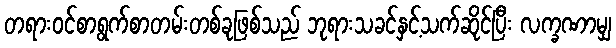
တရားဝင်စာရွက်စာတမ်းတစ်ခုဖြစ်သည် ဘုရားသခင်နှင့်သက်ဆိုင်ပြီး လက္ခဏာမျှ